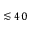
\lesssim 4 0